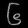
Digit: ၆